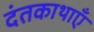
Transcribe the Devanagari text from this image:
दंतकाथाएँ